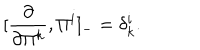
[ \frac { \partial } { \partial \Pi ^ { k } } , \Pi ^ { i } ] _ { - } = \delta _ { k } ^ { i } .